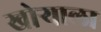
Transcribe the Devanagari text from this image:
खोऱ्याला